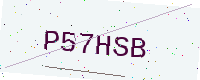
Text: P57HSB